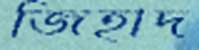
জিহাদ